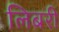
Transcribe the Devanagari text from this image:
लिबरी